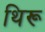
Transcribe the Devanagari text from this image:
थिरू